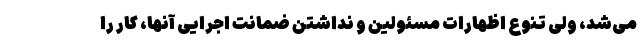
می‌شد، ولی تنوع اظهارات مسئولین و نداشتن ضمانت اجرایی آنها، کار را